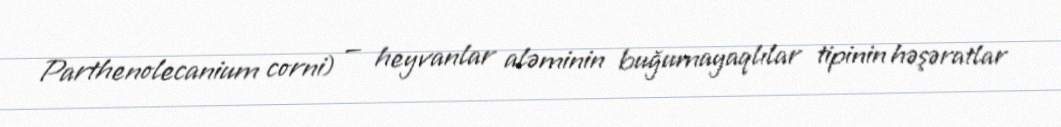
Parthenolecanium corni) — heyvanlar aləminin buğumayaqlılar tipinin həşəratlar